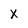
Character: X